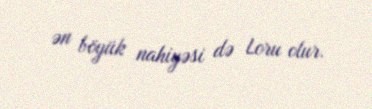
ən böyük nahiyəsi də Loru olur.